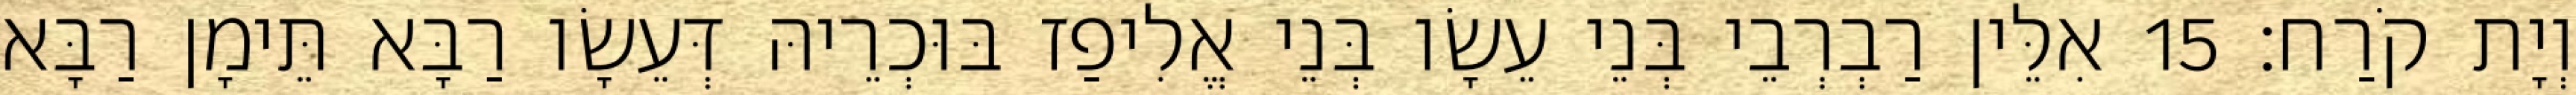
וְיָת קֹרַח׃ 15 אִלֵּין רַבְרְבֵי בְּנֵי עֵשָׂו בְּנֵי אֱלִיפַז בּוּכְרֵיהּ דְּעֵשָׂו רַבָּא תֵּימָן רַבָּא